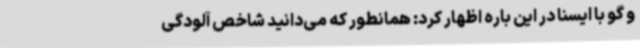
و گو با ایسنا در این باره اظهار کرد: همانطور که می‌دانید شاخص آلودگی